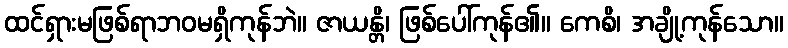
ထင်ရှားမဖြစ်ရာဘဝမရှိကုန်ဘဲ။ ဇာယန္တိ၊ ဖြစ်ပေါ်ကုန်၏။ ကေစိ၊ အချို့ကုန်သော။